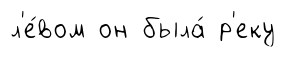
л'е́вом он была́ р'еку